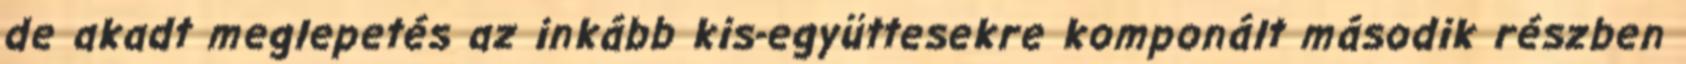
de akadt meglepetés az inkább kis-együttesekre komponált második részben